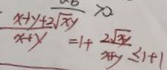
\frac { x + y + 2 \sqrt { x y } } { x + y } = 1 + \frac { 2 \sqrt { x y } } { x + y } \leq 1 + 1